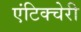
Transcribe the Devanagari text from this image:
एंटिक्चेरी